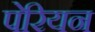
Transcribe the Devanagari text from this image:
पेरियन